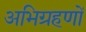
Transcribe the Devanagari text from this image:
अभिग्रहणों